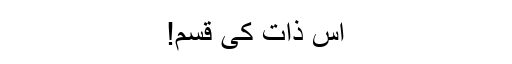
اس ذات کی قسم!